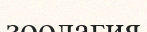
зоолагия